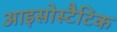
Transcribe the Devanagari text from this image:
आइसोस्टैटिक